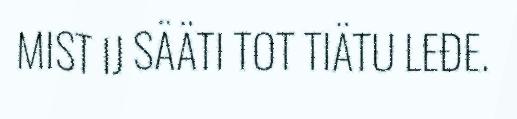
MIST IJ SÄÄTI TOT TIÄTU LEĐE.